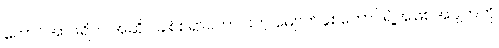
တောင်အာဖရိက အဆိုပါချစ်စရာကောင်းတဲ့ မျောက်နှစ်ကောင်ရဲ့အဖြစ်အပျက်ကို